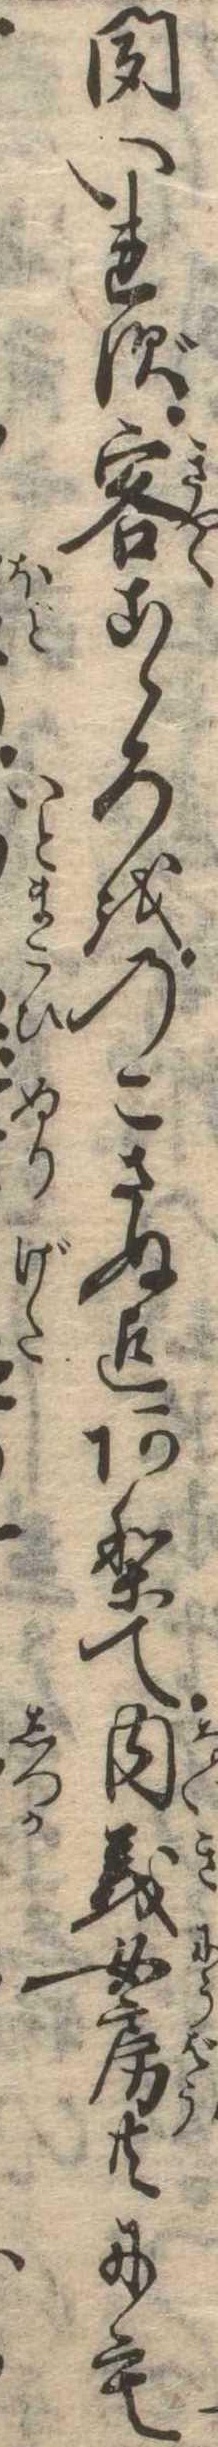
聞いれず客こゝろをのこさぬ迄ありて内義女房共にも